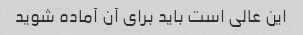
این عالی است باید برای آن آماده شوید